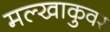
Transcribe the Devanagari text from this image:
मल्खाकुवर